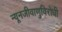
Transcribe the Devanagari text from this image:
न्यूनजीवाणुविरोधी